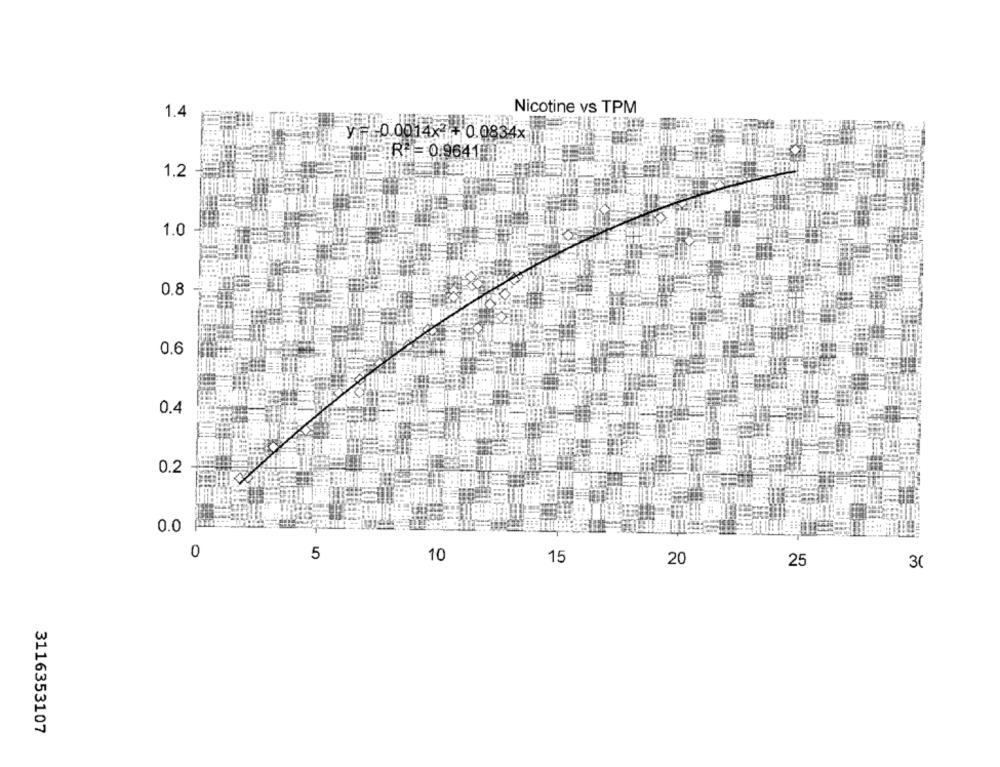
1.4
Nicotine vs TPM
y F 0.0014×7+0.0834x
R= 0.9641 -189
1.2
1.0
0.8
0.6
0.4
0.2
0.0
0
5
10
15
20
25
30
3116353107